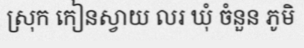
ស្រុក កៀនស្វាយ លរ ឃុំ ចំនួន ភូមិ